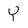
Character: Y